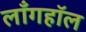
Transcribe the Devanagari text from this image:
लाँगहॉल